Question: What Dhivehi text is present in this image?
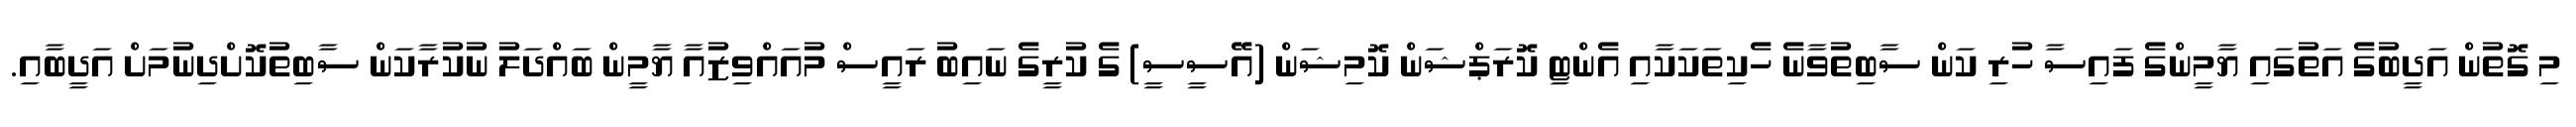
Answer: މި ގޮތުން އަދީބުގެ އަތުގައި ޔާމީންގެ ފައިސާ ހުރި ކަން ސާބިތުވާނެ ހެކިތަކަކާއި އެންޓި ކޮރަޕްޝަން ކޮމިޝަން (އޭސީސީ) ގެ ކުރީގެ ނައިބު ރައީސް މުއައްވިޒުއާ ޔާމީން ބައްދަލު ނުކުރާކަން ސާބިތުކޮށްދިނުމަށް އަދީބާއި.